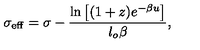
\sigma _ { \mathrm { e f f } } = \sigma - \frac { \mathrm { l n } \left[ ( 1 + z ) e ^ { - \beta u } \right] } { l _ { o } \beta } , \,